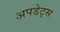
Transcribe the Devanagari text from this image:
अपडेट्स